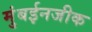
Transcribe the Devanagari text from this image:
मुंबईनजीक